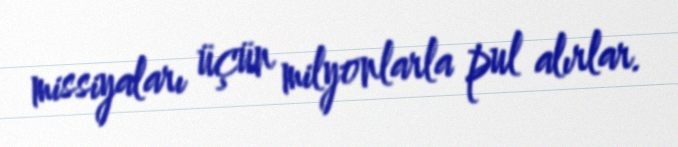
missiyaları üçün milyonlarla pul alırlar.